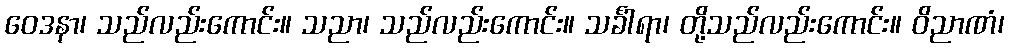
ဝေဒနာ၊ သည်လည်းကောင်း။ သညာ၊ သည်လည်းကောင်း။ သင်္ခါရာ၊ တို့သည်လည်းကောင်း။ ဝိညာဏံ၊